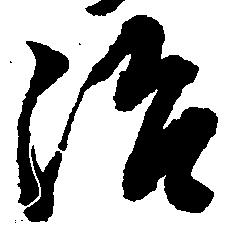
治